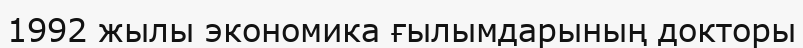
1992 жылы экономика ғылымдарының докторы